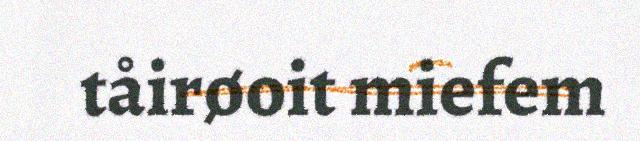
tåirøoit miefem